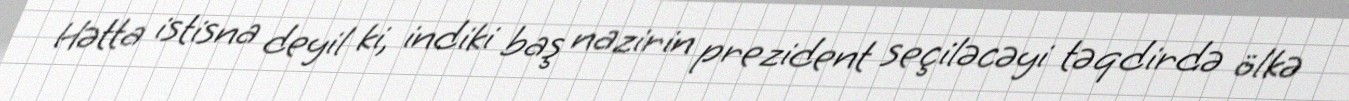
Hətta istisna deyil ki, indiki baş nazirin prezident seçiləcəyi təqdirdə ölkə